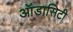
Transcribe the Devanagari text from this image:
ऑडासिटी